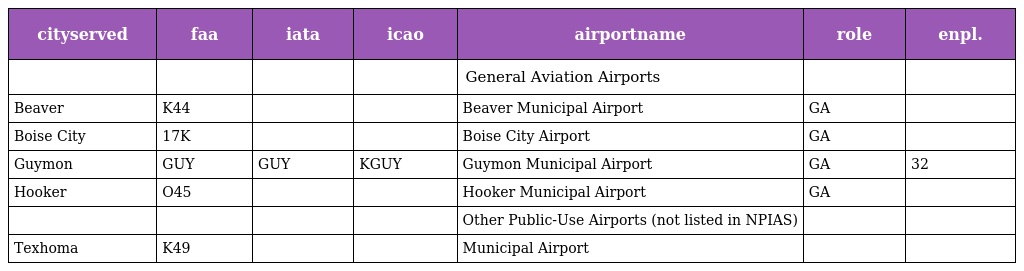
| cityserved | faa | iata | icao | airportname | role | enpl. |
 | --- | --- | --- | --- | --- | --- | --- |
 |  |  |  |  | General Aviation Airports |  |  |
 | Beaver | K44 |  |  | Beaver Municipal Airport | GA |  |
 | Boise City | 17K |  |  | Boise City Airport | GA |  |
 | Guymon | GUY | GUY | KGUY | Guymon Municipal Airport | GA | 32 |
 | Hooker | O45 |  |  | Hooker Municipal Airport | GA |  |
 |  |  |  |  | Other Public-Use Airports (not listed in NPIAS) |  |  |
 | Texhoma | K49 |  |  | Municipal Airport |  |  |